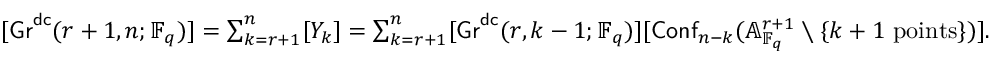
\begin{array} { r } { [ \mathsf { G r } ^ { \mathsf { d c } } ( r + 1 , n ; \mathbb { F } _ { q } ) ] = \sum _ { k = r + 1 } ^ { n } [ Y _ { k } ] = \sum _ { k = r + 1 } ^ { n } [ \mathsf { G r } ^ { \mathsf { d c } } ( r , k - 1 ; \mathbb { F } _ { q } ) ] [ \mathsf { C o n f } _ { n - k } ( \mathbb { A } _ { \mathbb { F } _ { q } } ^ { r + 1 } \setminus \{ k + 1 \mathrm { ~ p o i n t s } \} ) ] . } \end{array}